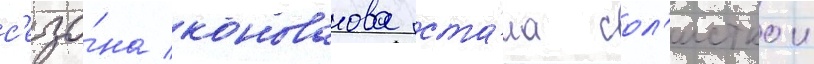
с'езо́на коновалова ста́ла сол'исткои